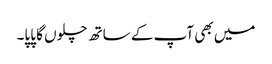
میں بھی آپ کے ساتھ چلوں گا پاپا۔